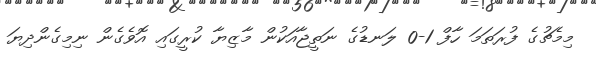
މިމެޗުގެ ފުރަތަމަ ހާފް 1-0 ލަނޑުގެ ނަތީޖާއަކުން މާޒިޔާ ކުރީގައި އޮވެގެން ނިމިގެންދިޔަ